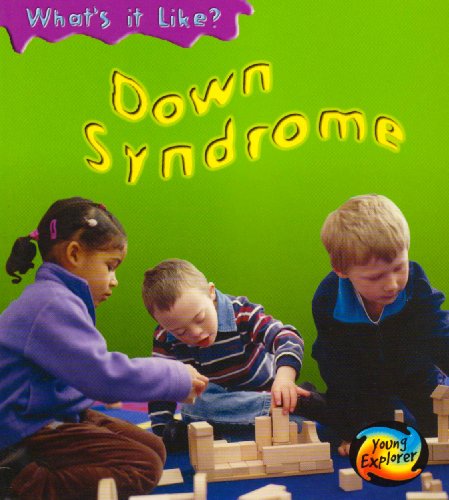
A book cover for Down Syndrome (What's It Like?); Health, Fitness & Dieting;